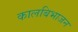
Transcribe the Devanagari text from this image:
कालबिभाजन